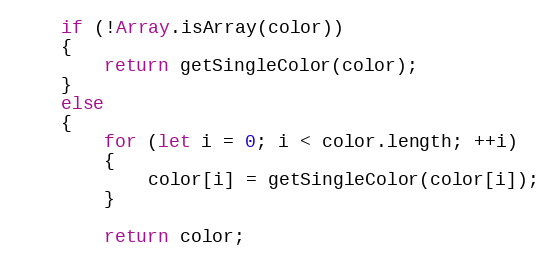
Language: JavaScript
    if (!Array.isArray(color))
    {
        return getSingleColor(color);
    }
    else
    {
        for (let i = 0; i < color.length; ++i)
        {
            color[i] = getSingleColor(color[i]);
        }

        return color;